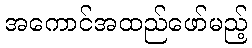
အကောင်အထည်ဖော်မည့်